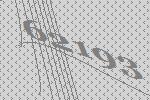
62193